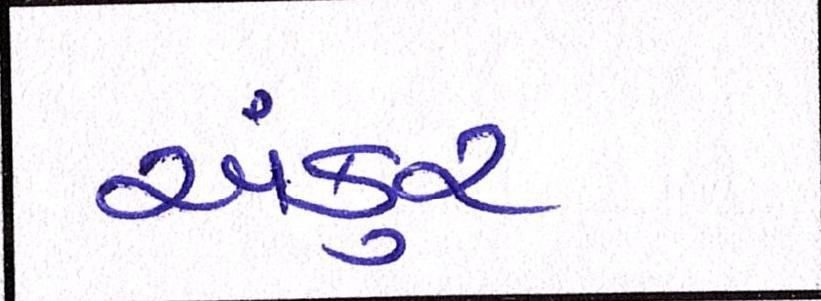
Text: અંકુર